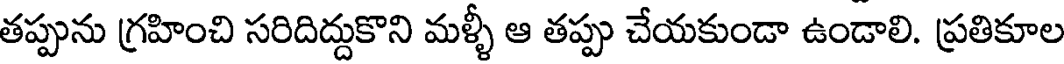
తప్పును గ్రహించి సరిదిద్దుకొని మళ్ళీ ఆ తప్పు చేయకుండా ఉండాలి. ప్రతికూల